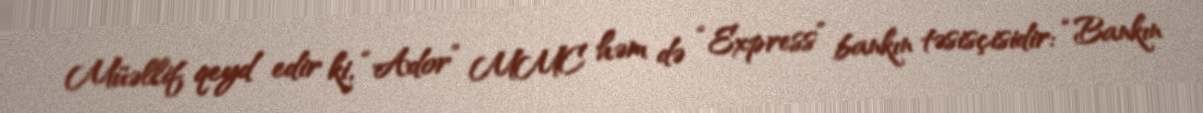
Müəllif qeyd edir ki, “Ador” MMC həm də “Express” bankın təsisçisidir: “Bankın